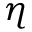
\eta